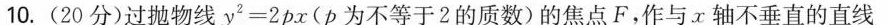
10.(20分)过抛物线$$y^{2}=2px$$(p为不等于2的质数)的焦点F，作与x轴不垂直的直线